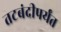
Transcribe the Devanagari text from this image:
तटबंदीपर्यंत